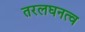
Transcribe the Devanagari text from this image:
तरलघनत्व